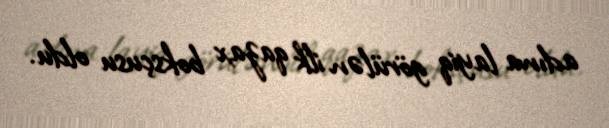
adına layiq görülən ilk qazax boksçusu oldu.